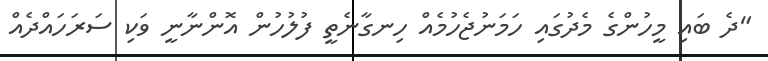
"ދެ ބައި މީހުންގެ މެދުގައި ހަމަނުޖެހުމެއް ހިނގާނެތީ ފުލުހުން އޮންނާނީ ވަކި ސަރަހައްދެއް